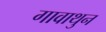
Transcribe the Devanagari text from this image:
गावाथुन